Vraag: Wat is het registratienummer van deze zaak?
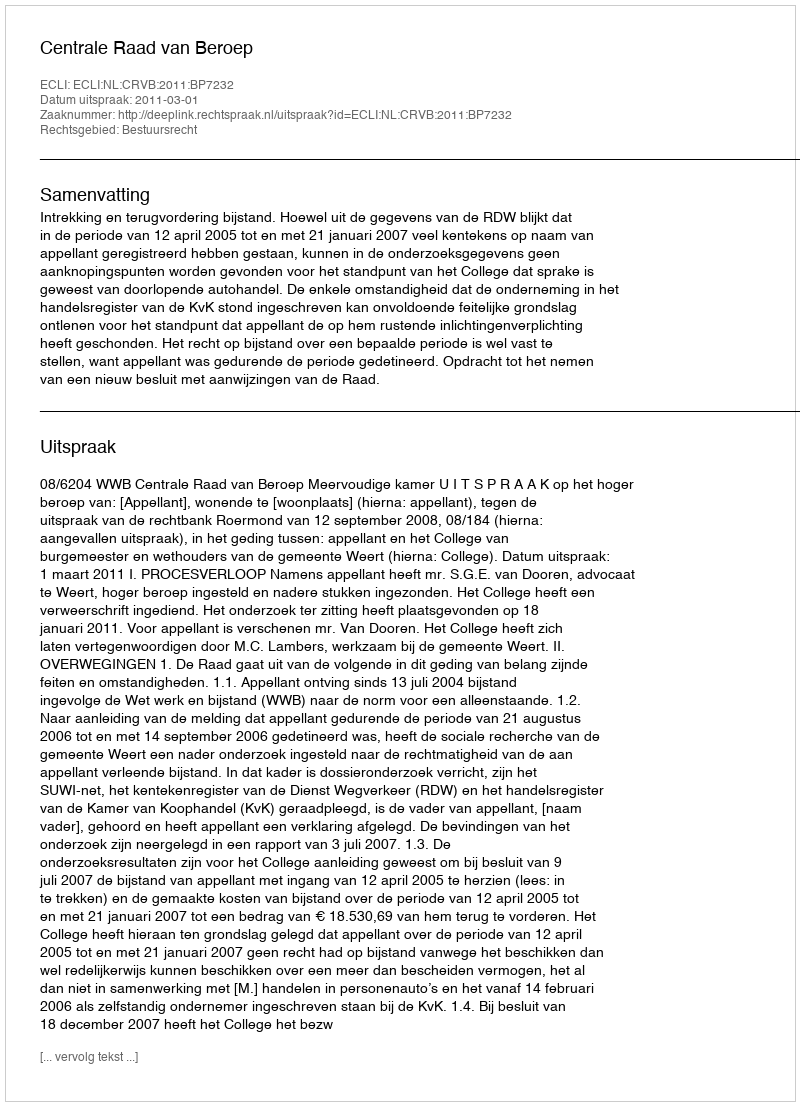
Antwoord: http://deeplink.rechtspraak.nl/uitspraak?id=ECLI:NL:CRVB:2011:BP7232